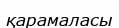
қарамаласы